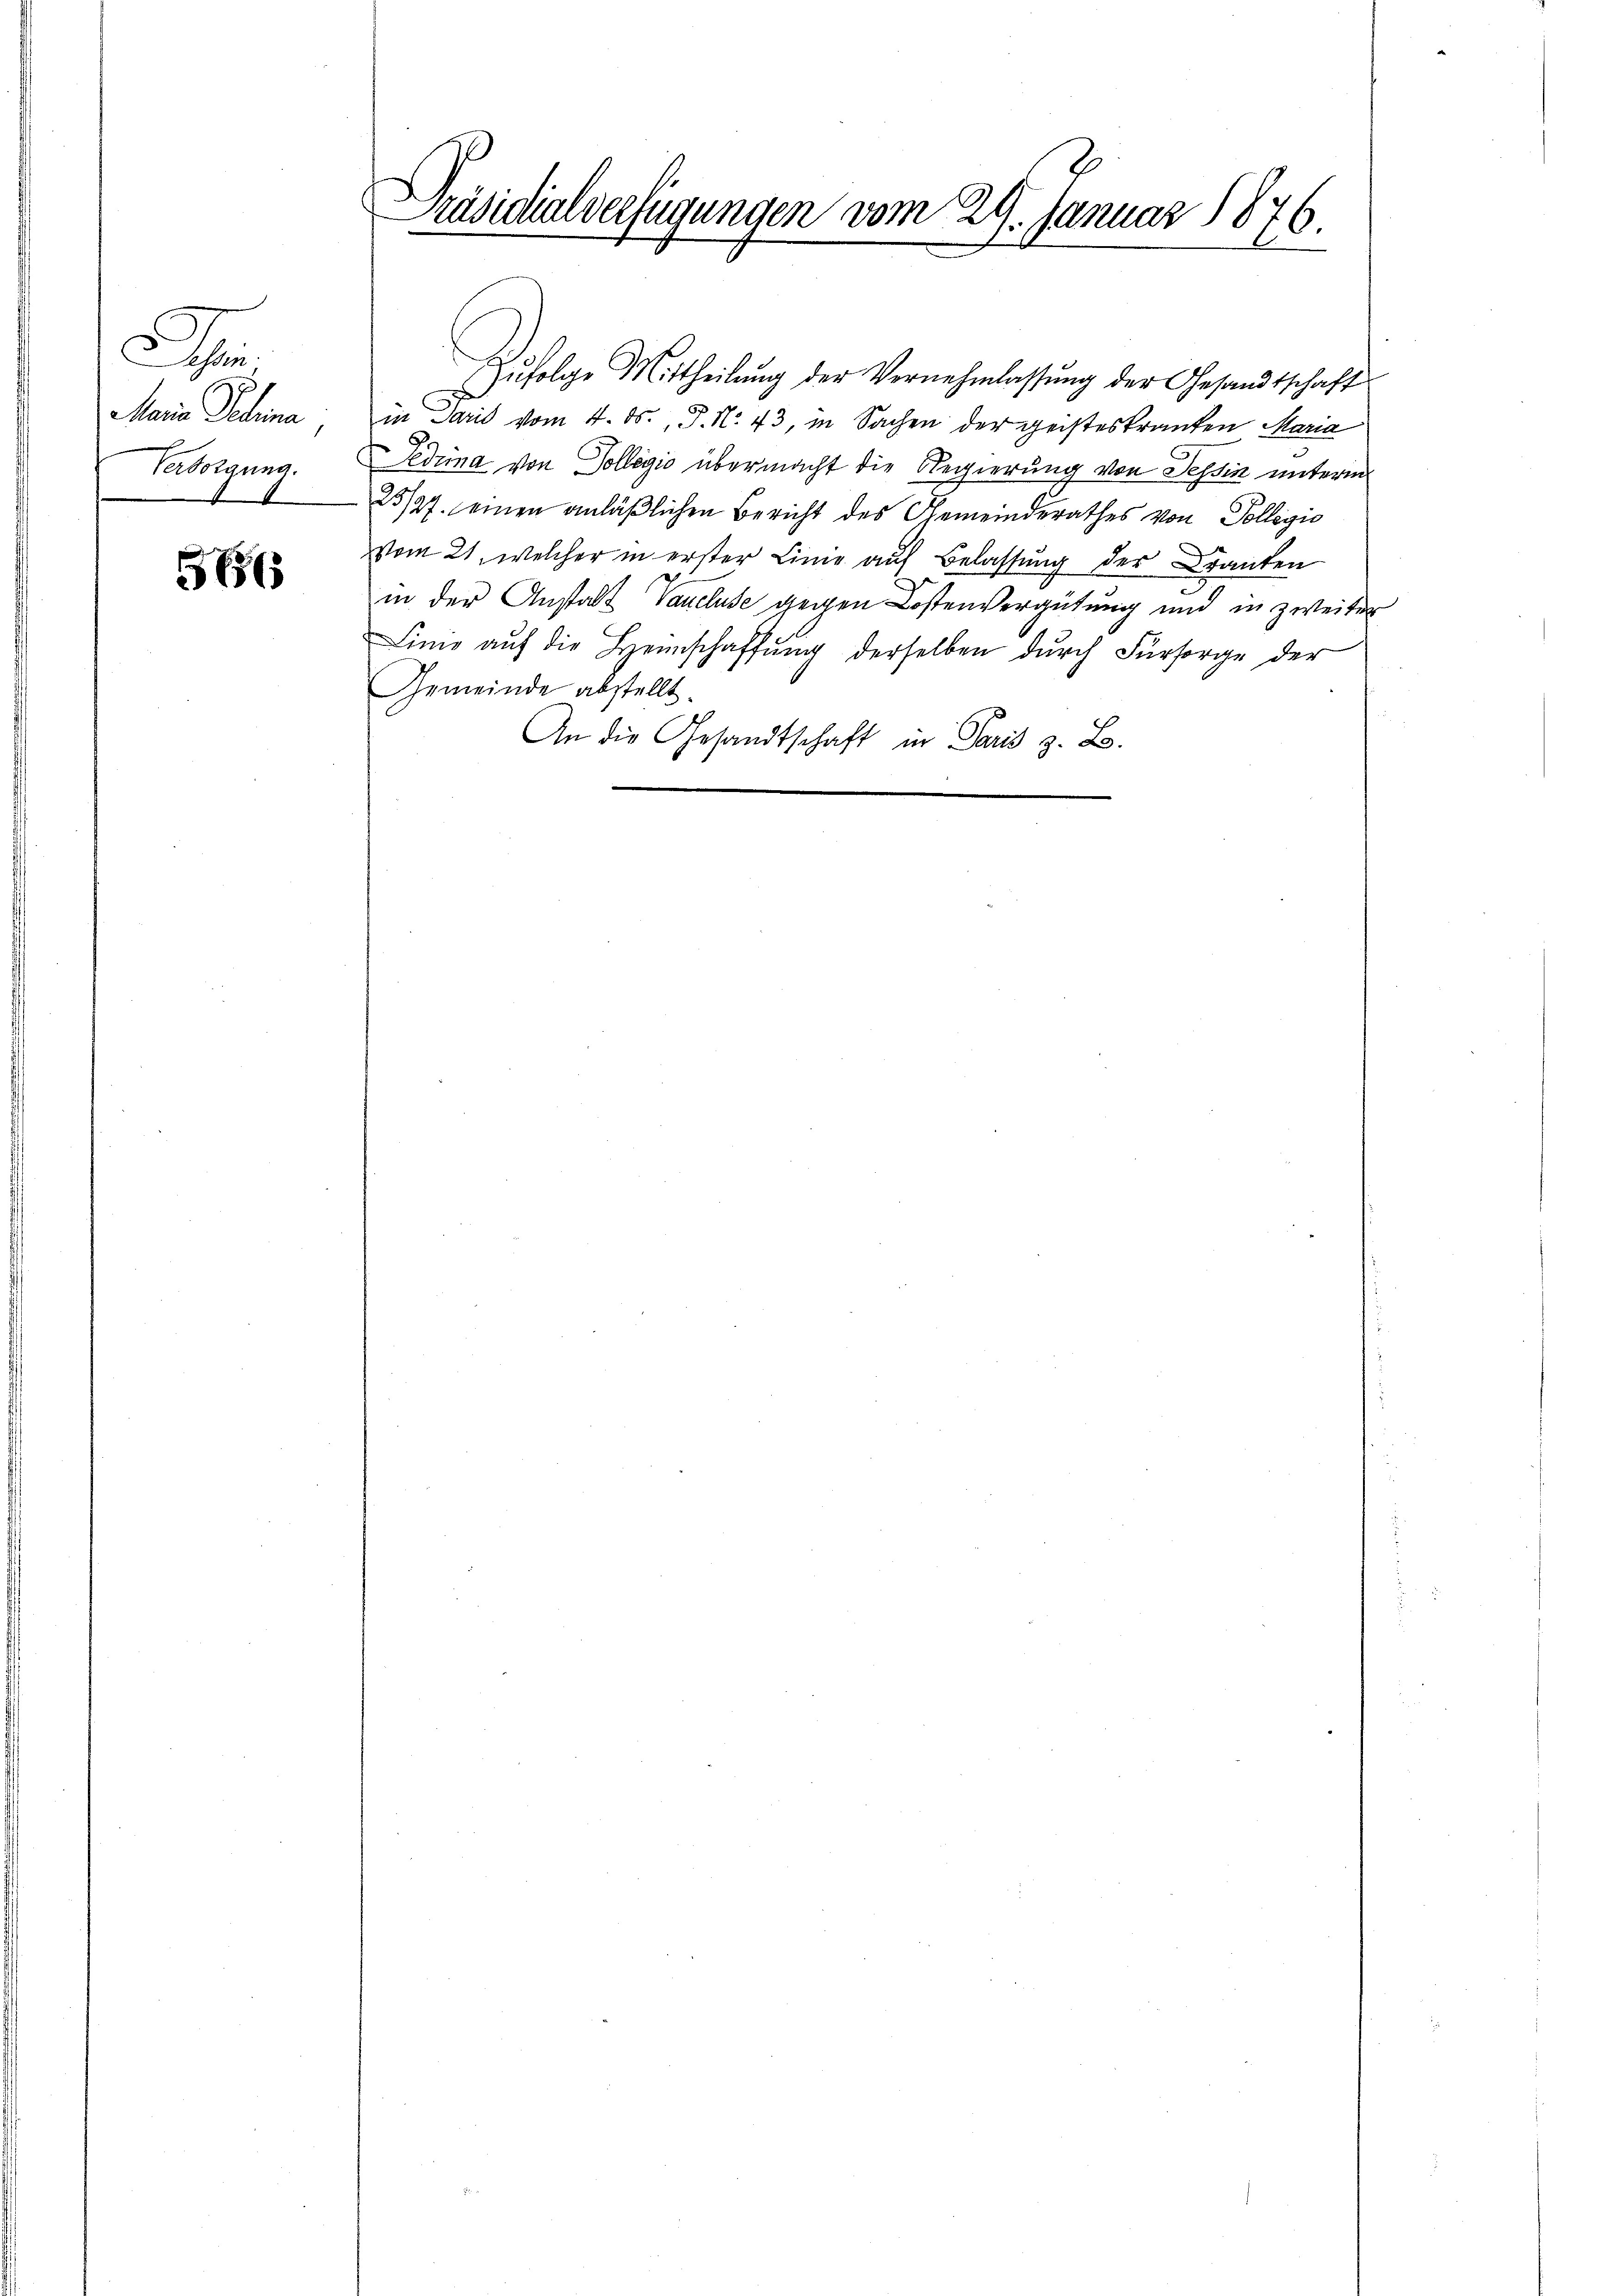
e
Maria Scheina
Versorgung.
1

565

Präsidialverfügungen vom 29. Januar 1876.

Zufolge Mittheilung der Vernehmlassung der Gesandtschaft
in Paris vom 4. ds., P. No. 43, in Sachen der geisteskranken Maria
Fedima von Kollegio übermacht die Regierung von Tessin unterm
25/27. einen anläßlichen Bericht des Gemeinderathes von Pollegio
vom 21. welcher in erster Linie auf Belassung der ranten
in der Anstalt Vancluse gegen Kostenvergütung und in zweiter
Lino auf die Heimschaffŭng derselben durch Fürsorge der
Gemeinde abstellt.
An die Gesandtschaft in Paris z. B.